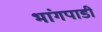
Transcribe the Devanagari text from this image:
भांगपाडी